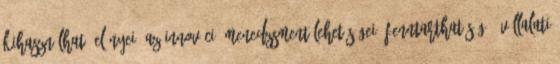
KIHASZNÁLHATÓ ELŐNYEI, AZ INNOVÁCIÓ MENEDZSMENT LEHETŐSÉGEI. Fenntarthatóság – vállalati